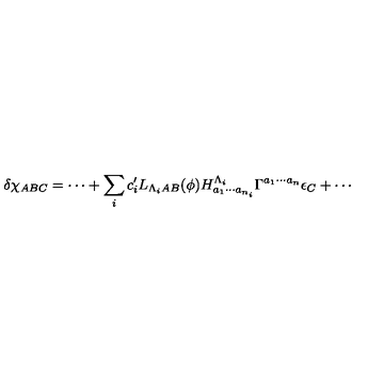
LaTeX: \delta \chi _ { A B C } = \cdots + \sum _ { i } c _ { i } ^ { \prime } L _ { \Lambda _ { i } A B } ( \phi ) H _ { a _ { 1 } \cdots a _ { n _ { i } } } ^ { \Lambda _ { i } } \Gamma ^ { a _ { 1 } \cdots a _ { n } } \epsilon _ { C } + \cdots